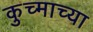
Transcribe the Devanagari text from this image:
कुच्माच्या